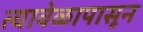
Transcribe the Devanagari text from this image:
त्यावेळापासून